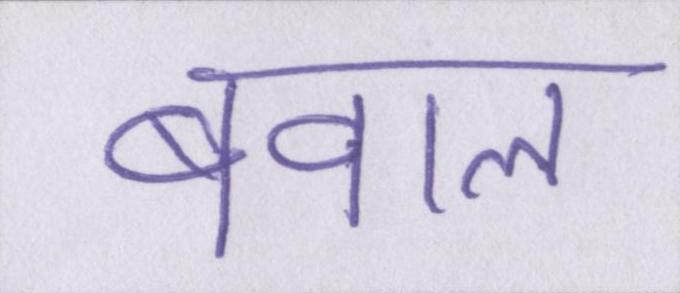
बवाल